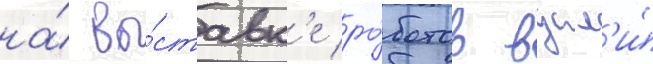
на́ вы́ставк'е ро́ботов вдал'и́